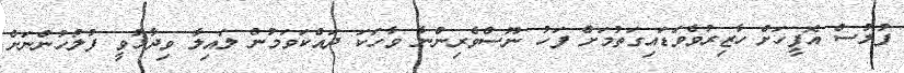
ފުލުސް އޮފީހަށް ހާޒިރުވެވަޑައިގަތުމަށް ފަހު ނޫސްވެރިންނާ ވާހަކަ ދައްކަވަމުން ލައިލާ ވިދާޅުވީ ފުލުހުންނަށް